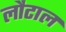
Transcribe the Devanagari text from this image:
लौटाल